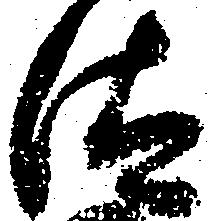
汰